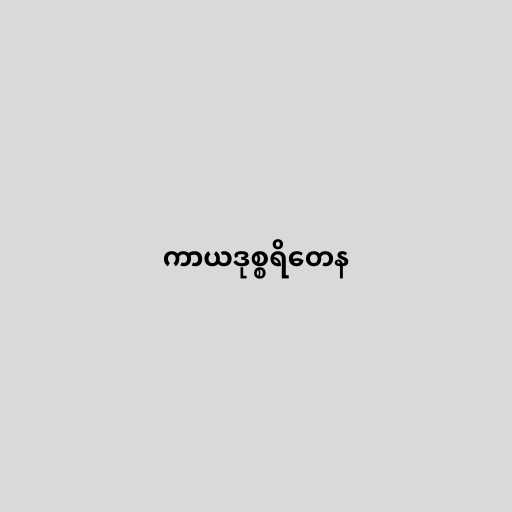
ကာယဒုစ္စရိတေန